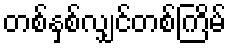
တစ်နှစ်လျှင်တစ်ကြိမ်